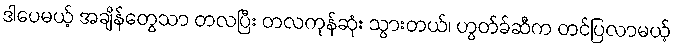
ဒါပေမယ့် အချိန်တွေသာ တလပြီး တလကုန်ဆုံး သွားတယ်၊ ဟွတ်ခ်ဆီက တင်ပြလာမယ့်